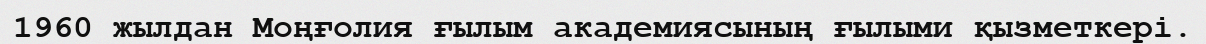
1960 жылдан Моңғолия ғылым академиясының ғылыми қызметкері.